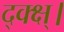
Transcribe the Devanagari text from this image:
द्क्क्ष्।